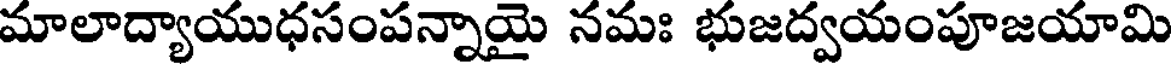
మాలాద్యాయుధసంపన్నాయై నమః భుజద్వయంపూజయామి